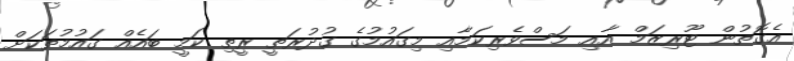
އެގޮތުން ޓޫރިޒަމް އާއި މަސްވެރިކަމާއި މިގައުމުގެ ގުދުރަތީ ރީތި ކަމީ ބައެއް ގައުމުތަކަށް